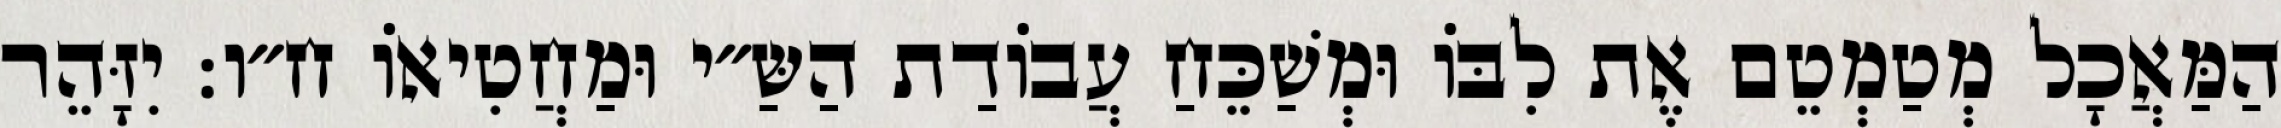
הַמַּאֲכָל מְטַמְטֵם אֶת לִבּוֹ וּמְשַׁכֵּחַ עֲבוֹדַת הַשַּ״י וּמַחֲטִיאוֹ ח״ו: יִזָּהֵר